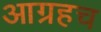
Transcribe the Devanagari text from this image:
आग्रहच